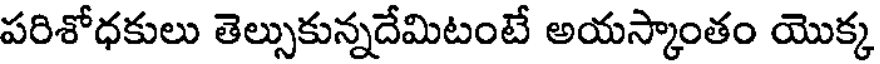
పరిశోధకులు తెల్సుకున్నదేమిటంటే అయస్కాంతం యొక్క